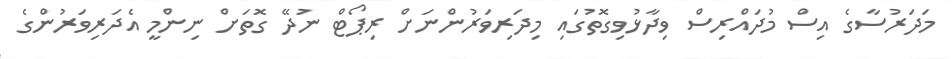
މަދަރުސާގެ އިސް މުދައްރިސް ވިދާޅުވިގޮތުގައި މިދަރިވަރުންނަށް ރިޕޯޓް ނުދޭ ގޮތަށް ނިންމީ އެދަރިވަރުންގެ